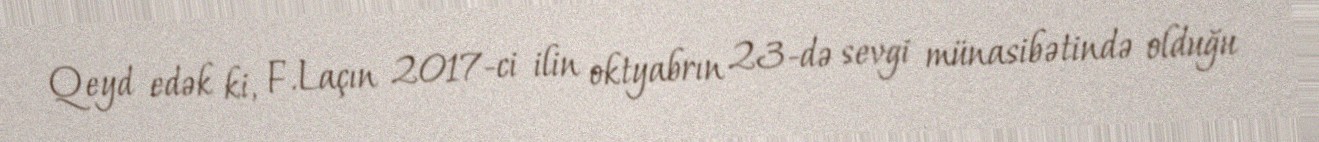
Qeyd edək ki, F.Laçın 2017-ci ilin oktyabrın 23-də sevgi münasibətində olduğu